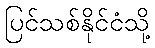
ပြင်သစ်နိုင်ငံသို့